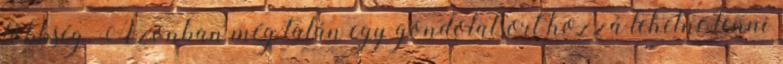
többség. Azonban még talán egy gondolatsort hozzá lehetne tenni